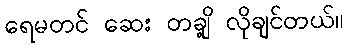
ရေမတင် ဆေး တချို့ လိုချင်တယ်။